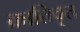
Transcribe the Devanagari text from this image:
क्रातिवृत्त